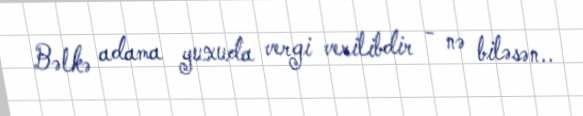
Bəlkə adama yuxuda vergi verilibdir - nə biləsən..